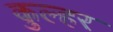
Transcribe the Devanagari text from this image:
कुल्हर